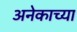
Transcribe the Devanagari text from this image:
अनेकाच्या